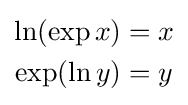
{\begin{aligned}\ln(\exp x)&=x\\\exp(\ln y)&=y\end{aligned}}